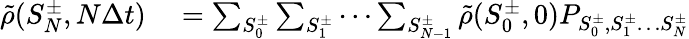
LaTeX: \begin{array}{rl}{\tilde{\rho}(S_{N}^{\pm},N\Delta t)}&{{}=\sum_{S_{0}^{\pm}}\sum_{S_{1}^{\pm}}\cdots\sum_{S_{N-1}^{\pm}}\tilde{\rho}(S_{0}^{\pm},0)P_{S_{0}^{\pm},S_{1}^{\pm}\ldots S_{N}^{\pm}}}\end{array}